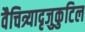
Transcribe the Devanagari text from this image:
वैचित्र्यादृजुकुटिल